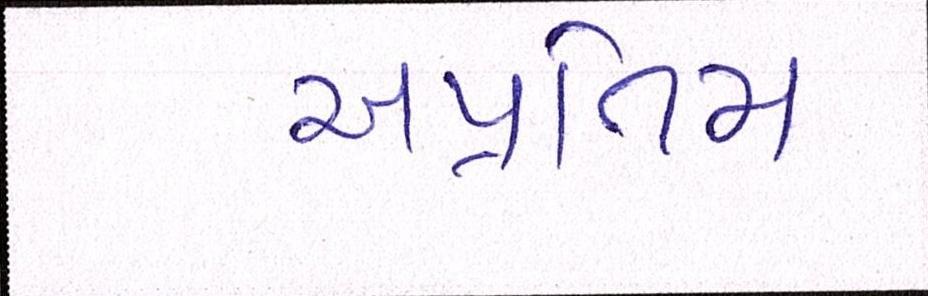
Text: અપ્રતિમ